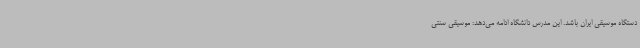
دستگاه موسیقی ایران باشد. این مدرس دانشگاه ادامه می‌دهد: موسیقی سنتی